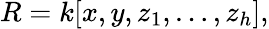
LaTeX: R=k[x,y,z_{1},\ldots,z_{h}],